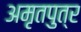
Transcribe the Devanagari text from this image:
अमृतपुत्र